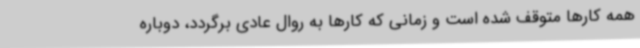
همه کارها متوقف شده است و زمانی که کارها به روال عادی برگردد، دوباره